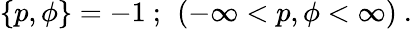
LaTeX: \left\{ p,\phi\right\} =-1\ ;\ \left(-\infty<p,\phi<\infty\right)\ .